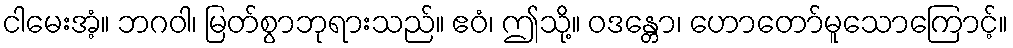
ငါမေးအံ့။ ဘဂဝါ၊ မြတ်စွာဘုရားသည်။ ဧဝံ၊ ဤသို့။ ဝဒန္တော၊ ဟောတော်မူသောကြောင့်။